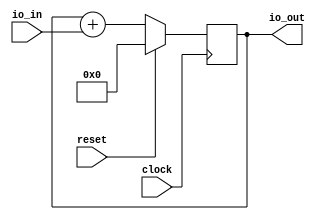
module Accumulator( // @[:@3.2]
  input        clock, // @[:@4.4]
  input        reset, // @[:@5.4]
  input        io_in, // @[:@6.4]
  output [7:0] io_out // @[:@6.4]
);
  reg [7:0] accumulator; // @[Accumulator.scala 13:28:@8.4]
  reg [31:0] _RAND_0;
  wire [7:0] _GEN_0; // @[Accumulator.scala 14:30:@9.4]
  wire [8:0] _T_11; // @[Accumulator.scala 14:30:@9.4]
  wire [7:0] _T_12; // @[Accumulator.scala 14:30:@10.4]
  assign _GEN_0 = {{7'd0}, io_in}; // @[Accumulator.scala 14:30:@9.4]
  assign _T_11 = accumulator + _GEN_0; // @[Accumulator.scala 14:30:@9.4]
  assign _T_12 = accumulator + _GEN_0; // @[Accumulator.scala 14:30:@10.4]
  assign io_out = accumulator; // @[Accumulator.scala 15:10:@12.4]
`ifdef RANDOMIZE_GARBAGE_ASSIGN
`define RANDOMIZE
`endif
`ifdef RANDOMIZE_INVALID_ASSIGN
`define RANDOMIZE
`endif
`ifdef RANDOMIZE_REG_INIT
`define RANDOMIZE
`endif
`ifdef RANDOMIZE_MEM_INIT
`define RANDOMIZE
`endif
`ifndef RANDOM
`define RANDOM $random
`endif
`ifdef RANDOMIZE
  integer initvar;
  initial begin
    `ifdef INIT_RANDOM
      `INIT_RANDOM
    `endif
    `ifndef VERILATOR
      #0.002 begin end
    `endif
  `ifdef RANDOMIZE_REG_INIT
  _RAND_0 = {1{`RANDOM}};
  accumulator = _RAND_0[7:0];
  `endif // RANDOMIZE_REG_INIT
  end
`endif // RANDOMIZE
  always @(posedge clock) begin
    if (reset) begin
      accumulator <= 8'h0;
    end else begin
      accumulator <= _T_12;
    end
  end
endmodule